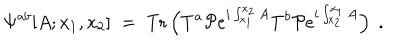
\Psi ^ { a b } [ A ; x _ { 1 } , x _ { 2 } ] \; = \; \mathrm { T r } \left( T ^ { a } { \cal P } e ^ { i \int _ { x _ { 1 } } ^ { x _ { 2 } } A } T ^ { b } { \cal P } e ^ { i \int _ { x _ { 2 } } ^ { x _ { 1 } } A } \right) \; .